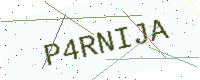
Text: P4RNIJA